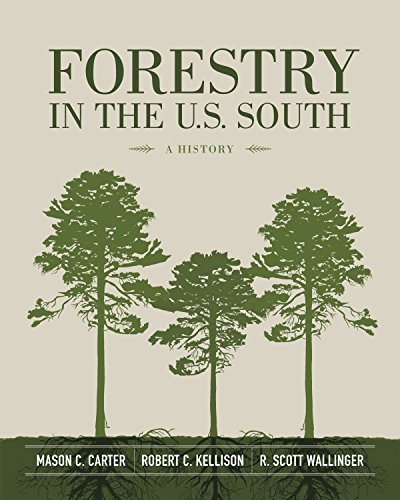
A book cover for Forestry in the U.S. South: A History; Mason C. Carter; Science & Math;